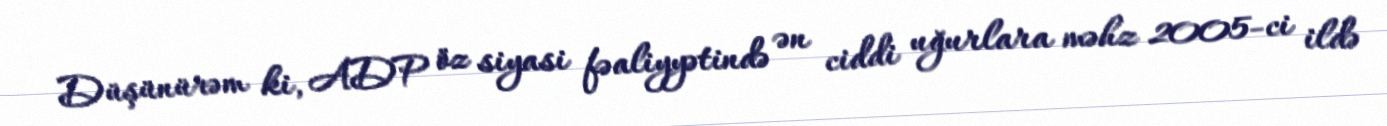
Düşünürəm ki, ADP öz siyasi fəaliyyətində ən ciddi uğurlara məhz 2005-ci ildə